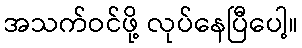
အသက်ဝင်ဖို့ လုပ်နေပြီပေါ့။